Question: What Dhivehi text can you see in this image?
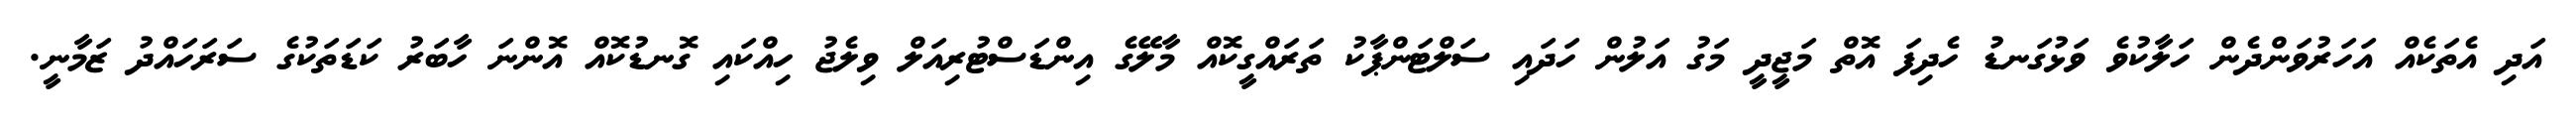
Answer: އަދި އެތަކެއް އަހަރުވަންދެން ހަލާކުވެ ވަޅުގަނޑު ހެދިފަ އޮތް މަޖީދީ މަގު އަލުން ހަދައި ސަލްޓަންޕާކު ތަރައްގީކޮއް މާލޭގެ އިންޑަސްޓުރިއަލް ވިލެޖު ހިއްކައި ގޮނޑުކޮއް އޮންނަ ހާބަރު ކަޑަތަކުގެ ސަރަހައްދު ޒަމާނީ.